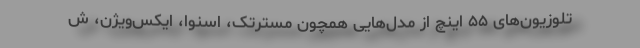
تلوزیون‌های ۵۵ اینچ از مدل‌هایی همچون مسترتک، اسنوا، ایکس‌ویژن، ش